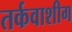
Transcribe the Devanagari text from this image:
तर्कवाशीग